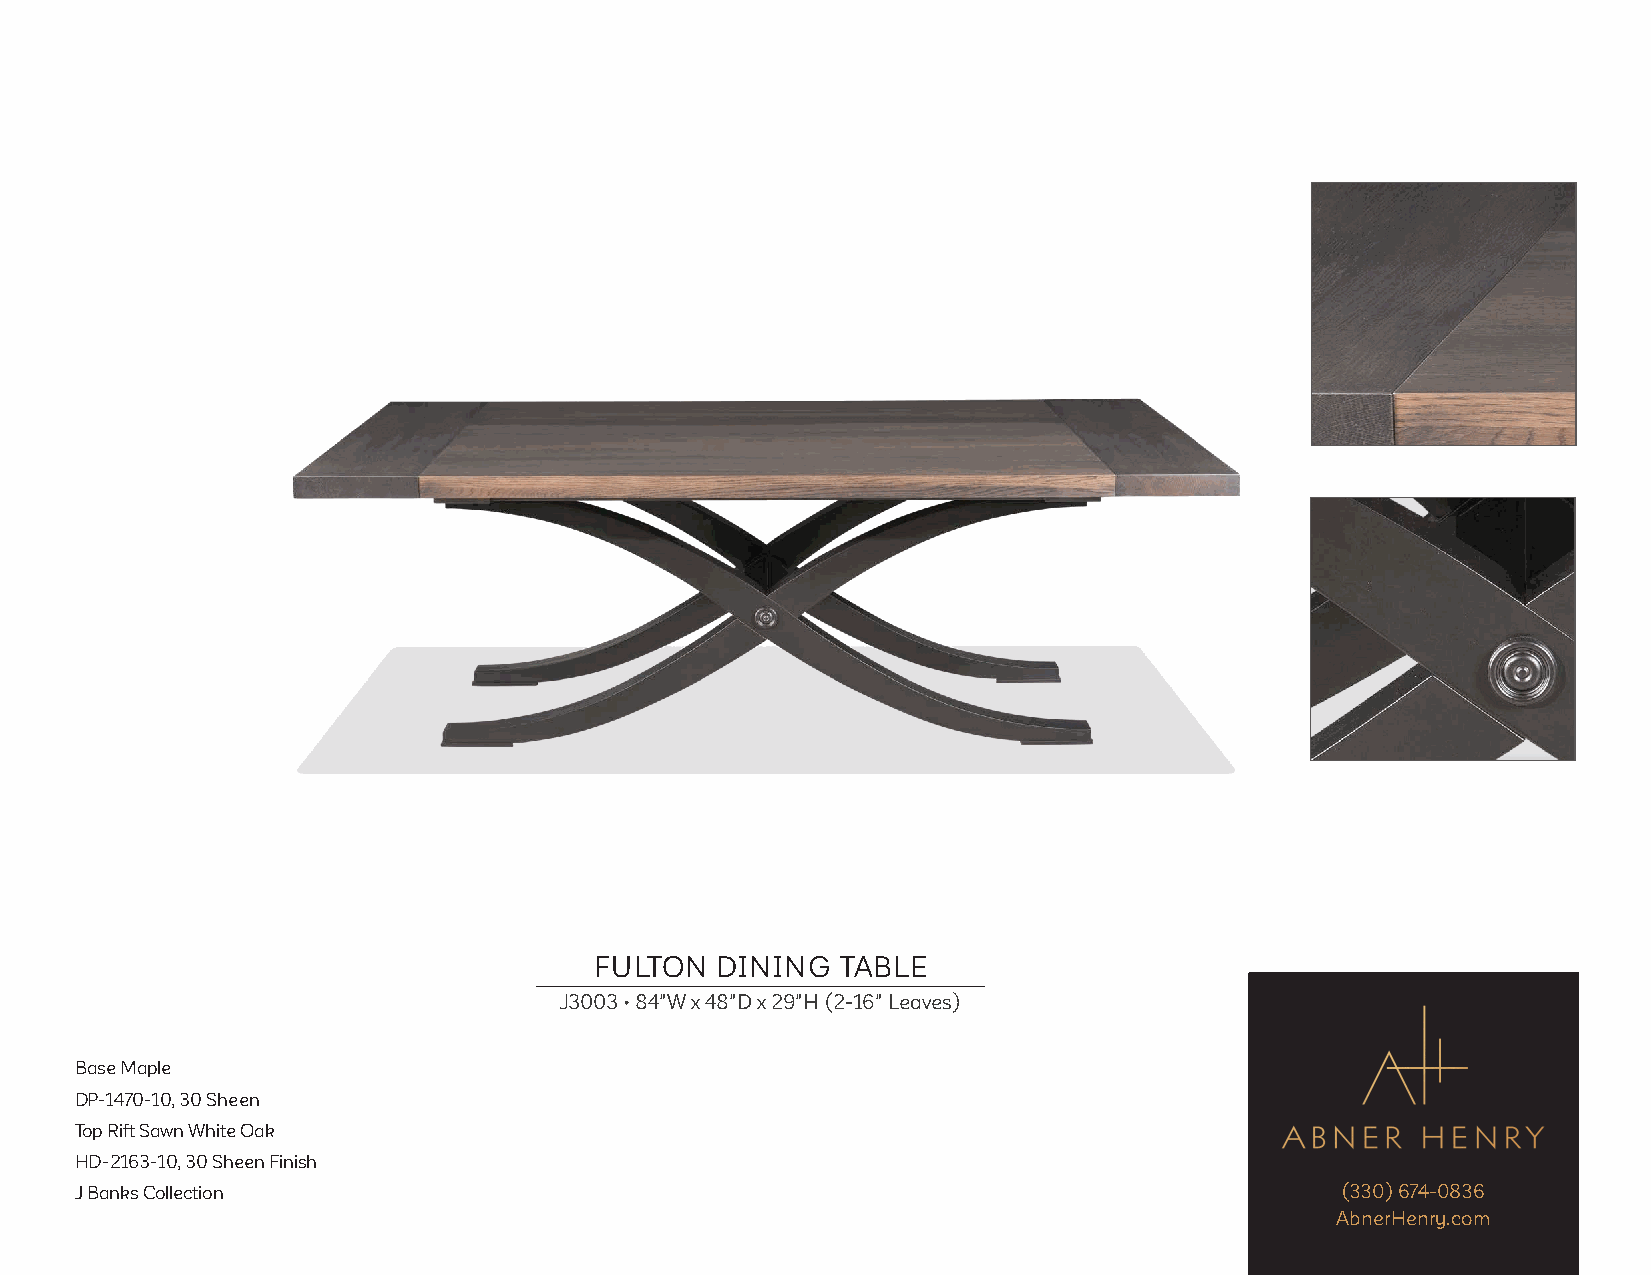
FULTON  DINING   TABLE
 J3003 • 84"W x 48"D x 29"H (2-16" Leaves)
 Base Maple
 DP-1470-10, 30 Sheen
 Top Rift Sawn White Oak
 HD-2163-10, 30 Sheen Finish
 J Banks Collection                                                                  (330) 674-0836
 AbnerHenry.com